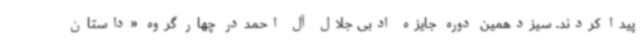
پیدا کردند. سیزدهمین دوره جایزه ادبی جلال‌ آل احمددر چهار گروه «داستان